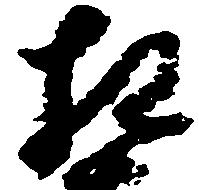
相